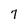
Character: 7